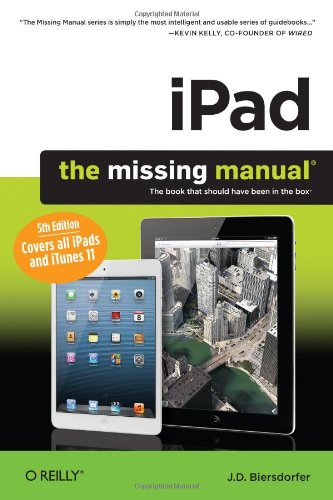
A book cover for iPad: The Missing Manual (Missing Manuals); J. D. Biersdorfer; Computers & Technology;